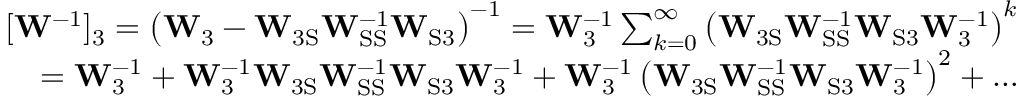
\begin{array} { r } { [ \mathbf { W } ^ { - 1 } ] _ { 3 } = \left( \mathbf { W } _ { 3 } - \mathbf { W } _ { \mathrm { 3 S } } \mathbf { W } _ { \mathrm { S S } } ^ { - 1 } \mathbf { W } _ { \mathrm { S 3 } } \right) ^ { - 1 } = \mathbf { W } _ { 3 } ^ { - 1 } \sum _ { k = 0 } ^ { \infty } \left( \mathbf { W } _ { \mathrm { 3 S } } \mathbf { W } _ { \mathrm { S S } } ^ { - 1 } \mathbf { W } _ { \mathrm { S 3 } } \mathbf { W } _ { 3 } ^ { - 1 } \right) ^ { k } } \\ { = \mathbf { W } _ { 3 } ^ { - 1 } + \mathbf { W } _ { 3 } ^ { - 1 } \mathbf { W } _ { \mathrm { 3 S } } \mathbf { W } _ { \mathrm { S S } } ^ { - 1 } \mathbf { W } _ { \mathrm { S 3 } } \mathbf { W } _ { 3 } ^ { - 1 } + \mathbf { W } _ { 3 } ^ { - 1 } \left( \mathbf { W } _ { \mathrm { 3 S } } \mathbf { W } _ { \mathrm { S S } } ^ { - 1 } \mathbf { W } _ { \mathrm { S 3 } } \mathbf { W } _ { 3 } ^ { - 1 } \right) ^ { 2 } + \dots } \end{array}